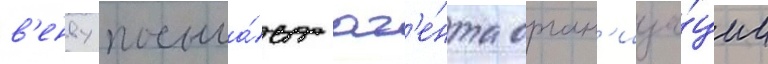
в'енву посыла́ет аг'е́нта орган'иза́ции